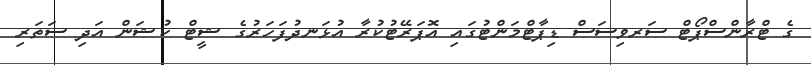
ގެ ޓްރާންސްޕޯޓް ސަރވިސަސް ޑިޕާޓްމަންޓުގައި އޮޕަރޭޓުކުރާ އުޅަނދުފަހަރުގެ ޝީޓް ކުޝަން އަދި ސަތަރި